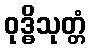
ဝုဒ္ဓိသုတ္တံ